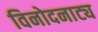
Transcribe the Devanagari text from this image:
विनोदनाट्य